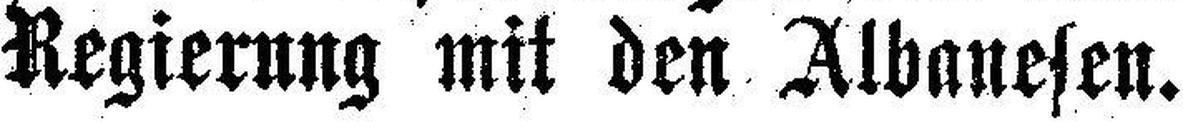
Regierung mit den Albanesen.